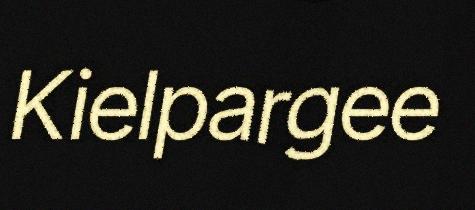
Kielpargee